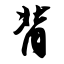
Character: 背